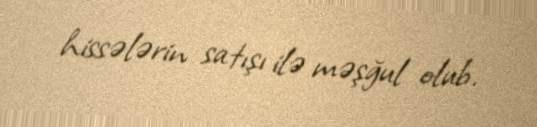
hissələrin satışı ilə məşğul olub.